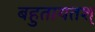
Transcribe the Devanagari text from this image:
बहुतायतश्